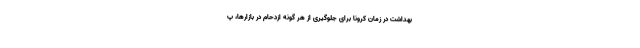
بهداشت در زمان کرونا برای جلوگیری از هر گونه ازدحام در بازارها، پ